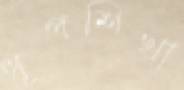
ধূপশিখা